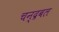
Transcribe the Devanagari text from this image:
चन्द्रबल